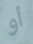
أو